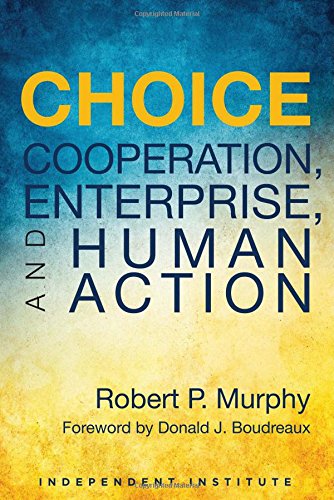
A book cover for Choice: Cooperation, Enterprise, and Human Action; Robert P. Murphy; Business & Money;